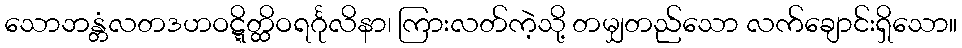
သောဘန္တံလတဒဟဝဋ္ဋိတ္ထိဝရင်္ဂုလိနာ၊ ကြားလတ်ကဲ့သို့ တမျှတည်သော လက်ချောင်းရှိသော။